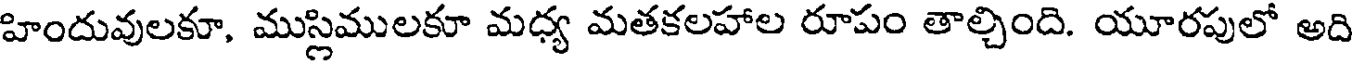
హిందువులకూ, ముస్లిములకూ మధ్య మతకలహాల రూపం తాల్చింది. యూరపులో అది